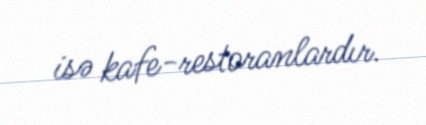
isə kafe-restoranlardır.